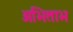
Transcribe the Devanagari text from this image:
अभिताभ